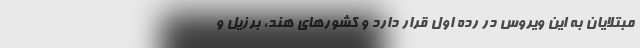
مبتلایان به این ویروس در رده اول قرار دارد و کشورهای هند، برزیل و